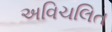
અવિચલિત